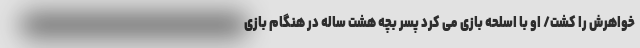
خواهرش را کشت/ او با اسلحه بازی می کرد پسر بچه هشت ساله در هنگام بازی